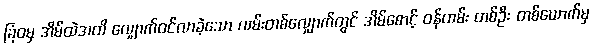
ခြံဝမှ အိမ်ထဲအထိ လျှောက်ဝင်လာခဲ့သော လမ်းတစ်လျှောက်တွင် အိမ်စောင့် ဝန်ထမ်း တစ်ဦး တစ်ယောက်မှ